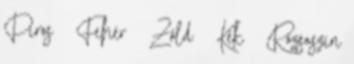
Piros Fehér Zöld Kék Rózsaszín